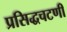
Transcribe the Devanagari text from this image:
प्रसिद्धचटणी